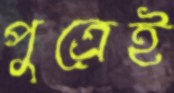
পুত্রেই